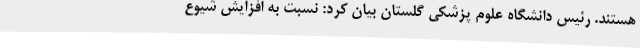
هستند. رئیس دانشگاه علوم پزشکی گلستان بیان کرد: نسبت به افزایش شیوع